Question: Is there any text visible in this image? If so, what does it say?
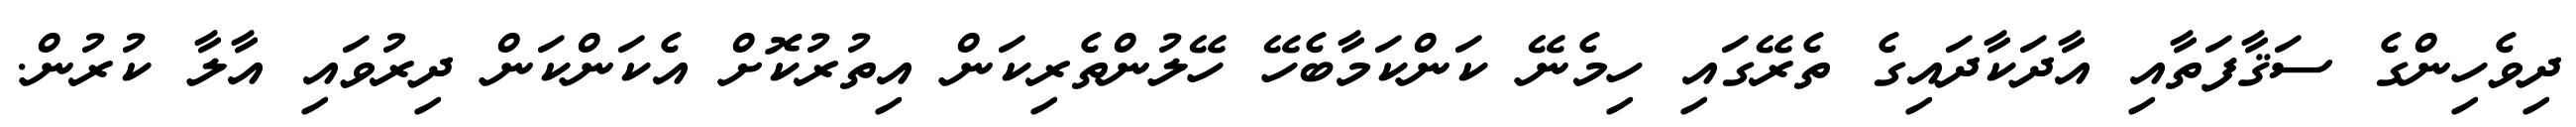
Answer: ދިވެހިންގެ ސަޤާފަތާއި އާދަކާދައިގެ ތެރޭގައި ހިމެނޭ ކަންކަމާބެހޭ ހޭލުންތެރިކަން އިތުރުކޮށް އެކަންކަން ދިރުވައި އާލާ ކުރުން.